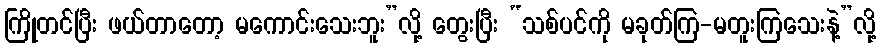
ကြိုတင်ပြီး ဖယ်တာတော့ မကောင်းသေးဘူး”လို့ တွေးပြီး “သစ်ပင်ကို မခုတ်ကြ-မတူးကြသေးနဲ့”လို့